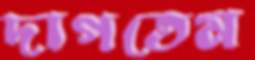
দাগতেম